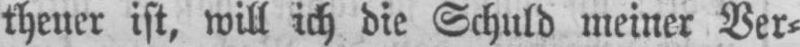
theuer ist, will ich die Schuld meiner Ver⸗